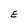
Character: E